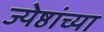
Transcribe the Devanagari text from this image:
ज्येष्ठांच्या